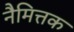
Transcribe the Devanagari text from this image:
नैमित्तक